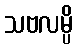
သဗလမ္ပိ